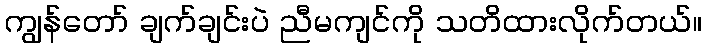
ကျွန်တော် ချက်ချင်းပဲ ညီမကျင်ကို သတိထားလိုက်တယ်။